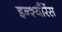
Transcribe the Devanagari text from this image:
इन्श्यौरेंस